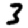
Digit: 3